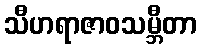
သီဟရာဇာဝသမ္ဘီတာ